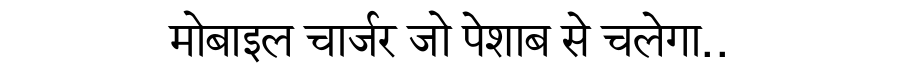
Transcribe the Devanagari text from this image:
मोबाइल चार्जर जो पेशाब से चलेगा..